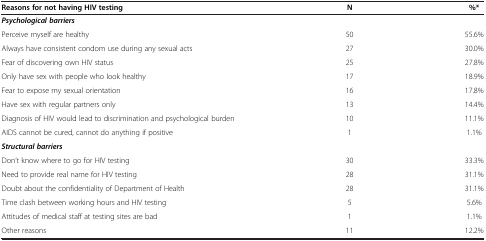
<table><thead><tr><td><b>Reasons for not having HIV testing</b></td><td><b>N</b></td><td><b>%*</b></td></tr></thead><tbody><tr><td><b><i>Psychological barriers</i></b></td><td> </td><td> </td></tr><tr><td>Perceive myself are healthy</td><td>50</td><td>55.6%</td></tr><tr><td>Always have consistent condom use during any sexual acts</td><td>27</td><td>30.0%</td></tr><tr><td>Fear of discovering own HIV status</td><td>25</td><td>27.8%</td></tr><tr><td>Only have sex with people who look healthy</td><td>17</td><td>18.9%</td></tr><tr><td>Fear to expose my sexual orientation</td><td>16</td><td>17.8%</td></tr><tr><td>Have sex with regular partners only</td><td>13</td><td>14.4%</td></tr><tr><td>Diagnosis of HIV would lead to discrimination and psychological burden</td><td>10</td><td>11.1%</td></tr><tr><td>AIDS cannot be cured, cannot do anything if positive</td><td>1</td><td>1.1%</td></tr><tr><td><b><i>Structural barriers</i></b></td><td> </td><td> </td></tr><tr><td>Don’t know where to go for HIV testing</td><td>30</td><td>33.3%</td></tr><tr><td>Need to provide real name for HIV testing</td><td>28</td><td>31.1%</td></tr><tr><td>Doubt about the confidentiality of Department of Health</td><td>28</td><td>31.1%</td></tr><tr><td>Time clash between working hours and HIV testing</td><td>5</td><td>5.6%</td></tr><tr><td>Attitudes of medical staff at testing sites are bad</td><td>1</td><td>1.1%</td></tr><tr><td>Other reasons</td><td>11</td><td>12.2%</td></tr></tbody></table>